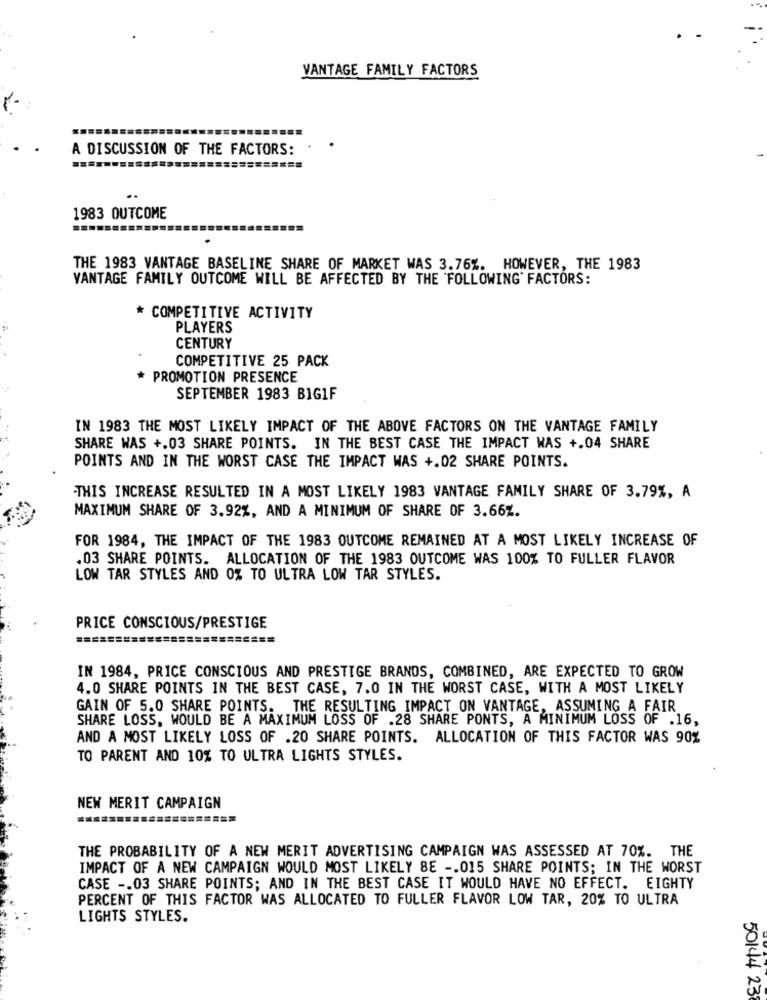
VANTAGE FAMILY FACTORS
A DISCUSSION OF THE FACTORS:
1983 OUTCOME
THE 1983 VANTAGE BASELINE SHARE OF MARKET WAS 3.76%. HOWEVER, THE 1983
VANTAGE FAMILY OUTCOME WILL BE AFFECTED BY THE FOLLOWING' FACTORS:
* COMPETITIVE ACTIVITY
PLAYERS
CENTURY
COMPETITIVE 25 PACK
* PROMOTION PRESENCE
SEPTEMBER 1983 BIG1F
IN 1983 THE MOST LIKELY IMPACT OF THE ABOVE FACTORS ON THE VANTAGE FAMILY
SHARE WAS +.03 SHARE POINTS. IN THE BEST CASE THE IMPACT WAS +.04 SHARE
POINTS AND IN THE WORST CASE THE IMPACT WAS +.02 SHARE POINTS.
THIS INCREASE RESULTED IN A MOST LIKELY 1983 VANTAGE FAMILY SHARE OF 3.79%, A
MAXIMUM SHARE OF 3.92%, AND A MINIMUM OF SHARE OF 3.66%.
FOR 1984, THE IMPACT OF THE 1983 OUTCOME REMAINED AT A MOST LIKELY INCREASE OF
.03 SHARE POINTS. ALLOCATION OF THE 1983 OUTCOME WAS 100% TO FULLER FLAVOR
LOW TAR STYLES AND 0% TO ULTRA LOW TAR STYLES.
PRICE CONSCIOUS/PRESTIGE
========
IN 1984, PRICE CONSCIOUS AND PRESTIGE BRANDS, COMBINED, ARE EXPECTED TO GROW
4.0 SHARE POINTS IN THE BEST CASE, 7.0 IN THE WORST CASE, WITH A MOST LIKELY
GAIN OF 5.0 SHARE POINTS. THE RESULTING IMPACT ON VANTAGE, ASSUMING A FAIR
SHARE LOSS, WOULD BE A MAXIMUM LOSS OF .28 SHARE PONTS, A MINIMUM LOSS OF .16,
AND A MOST LIKELY LOSS OF .20 SHARE POINTS. ALLOCATION OF THIS FACTOR WAS 90%
TO PARENT AND 10% TO ULTRA LIGHTS STYLES.
NEW MERIT CAMPAIGN
THE PROBABILITY OF A NEW MERIT ADVERTISING CAMPAIGN WAS ASSESSED AT 70%. THE
IMPACT OF A NEW CAMPAIGN WOULD MOST LIKELY BE -. 015 SHARE POINTS; IN THE WORST
CASE -. 03 SHARE POINTS; AND IN THE BEST CASE IT WOULD HAVE NO EFFECT. EIGHTY
PERCENT OF THIS FACTOR WAS ALLOCATED TO FULLER FLAVOR LOW TAR, 20% TO ULTRA
LIGHTS STYLES.
50144 23